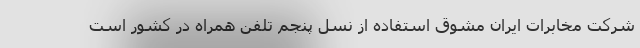
شرکت مخابرات ایران مشوق استفاده از نسل پنجم تلفن همراه در کشور است